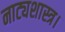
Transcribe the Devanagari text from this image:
नाट्यशास्त्र।